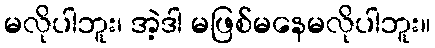
မလိုပါဘူး၊ အဲ့ဒါ မဖြစ်မနေမလိုပါဘူး။